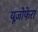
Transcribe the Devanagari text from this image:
यूज़ोफेरा